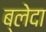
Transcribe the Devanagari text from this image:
ब्लेदा